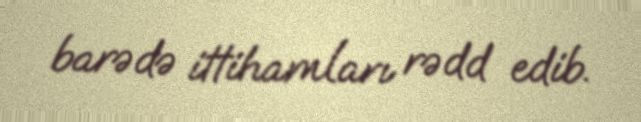
barədə ittihamları rədd edib.